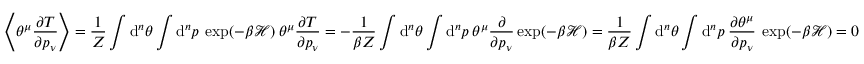
\left\langle \theta ^ { \mu } \frac { \partial T } { \partial p _ { \nu } } \right\rangle = \frac { 1 } { Z } \int \mathrm { d } ^ { n } \theta \int \mathrm { d } ^ { n } p \: \exp ( - \beta \mathcal { H } ) \: \theta ^ { \mu } \frac { \partial T } { \partial p _ { \nu } } = - \frac { 1 } { \beta Z } \int \mathrm { d } ^ { n } \theta \int \mathrm { d } ^ { n } p \: \theta ^ { \mu } \frac { \partial } { \partial p _ { \nu } } \exp ( - \beta \mathcal { H } ) = \frac { 1 } { \beta Z } \int \mathrm { d } ^ { n } \theta \int \mathrm { d } ^ { n } p \: \frac { \partial \theta ^ { \mu } } { \partial p _ { \nu } } \: \exp ( - \beta \mathcal { H } ) = 0